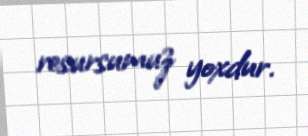
resursumuz yoxdur.